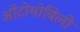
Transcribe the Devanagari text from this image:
ऑटोमोबिली